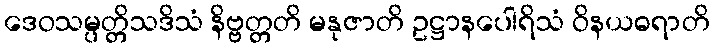
ဒေဝသမ္ပတ္တိသဒိသံ နိဗ္ဗတ္တတိ မနုဇာတိ ဥဋ္ဌာနပေါရိသံ ဝိနယဓရာတိ